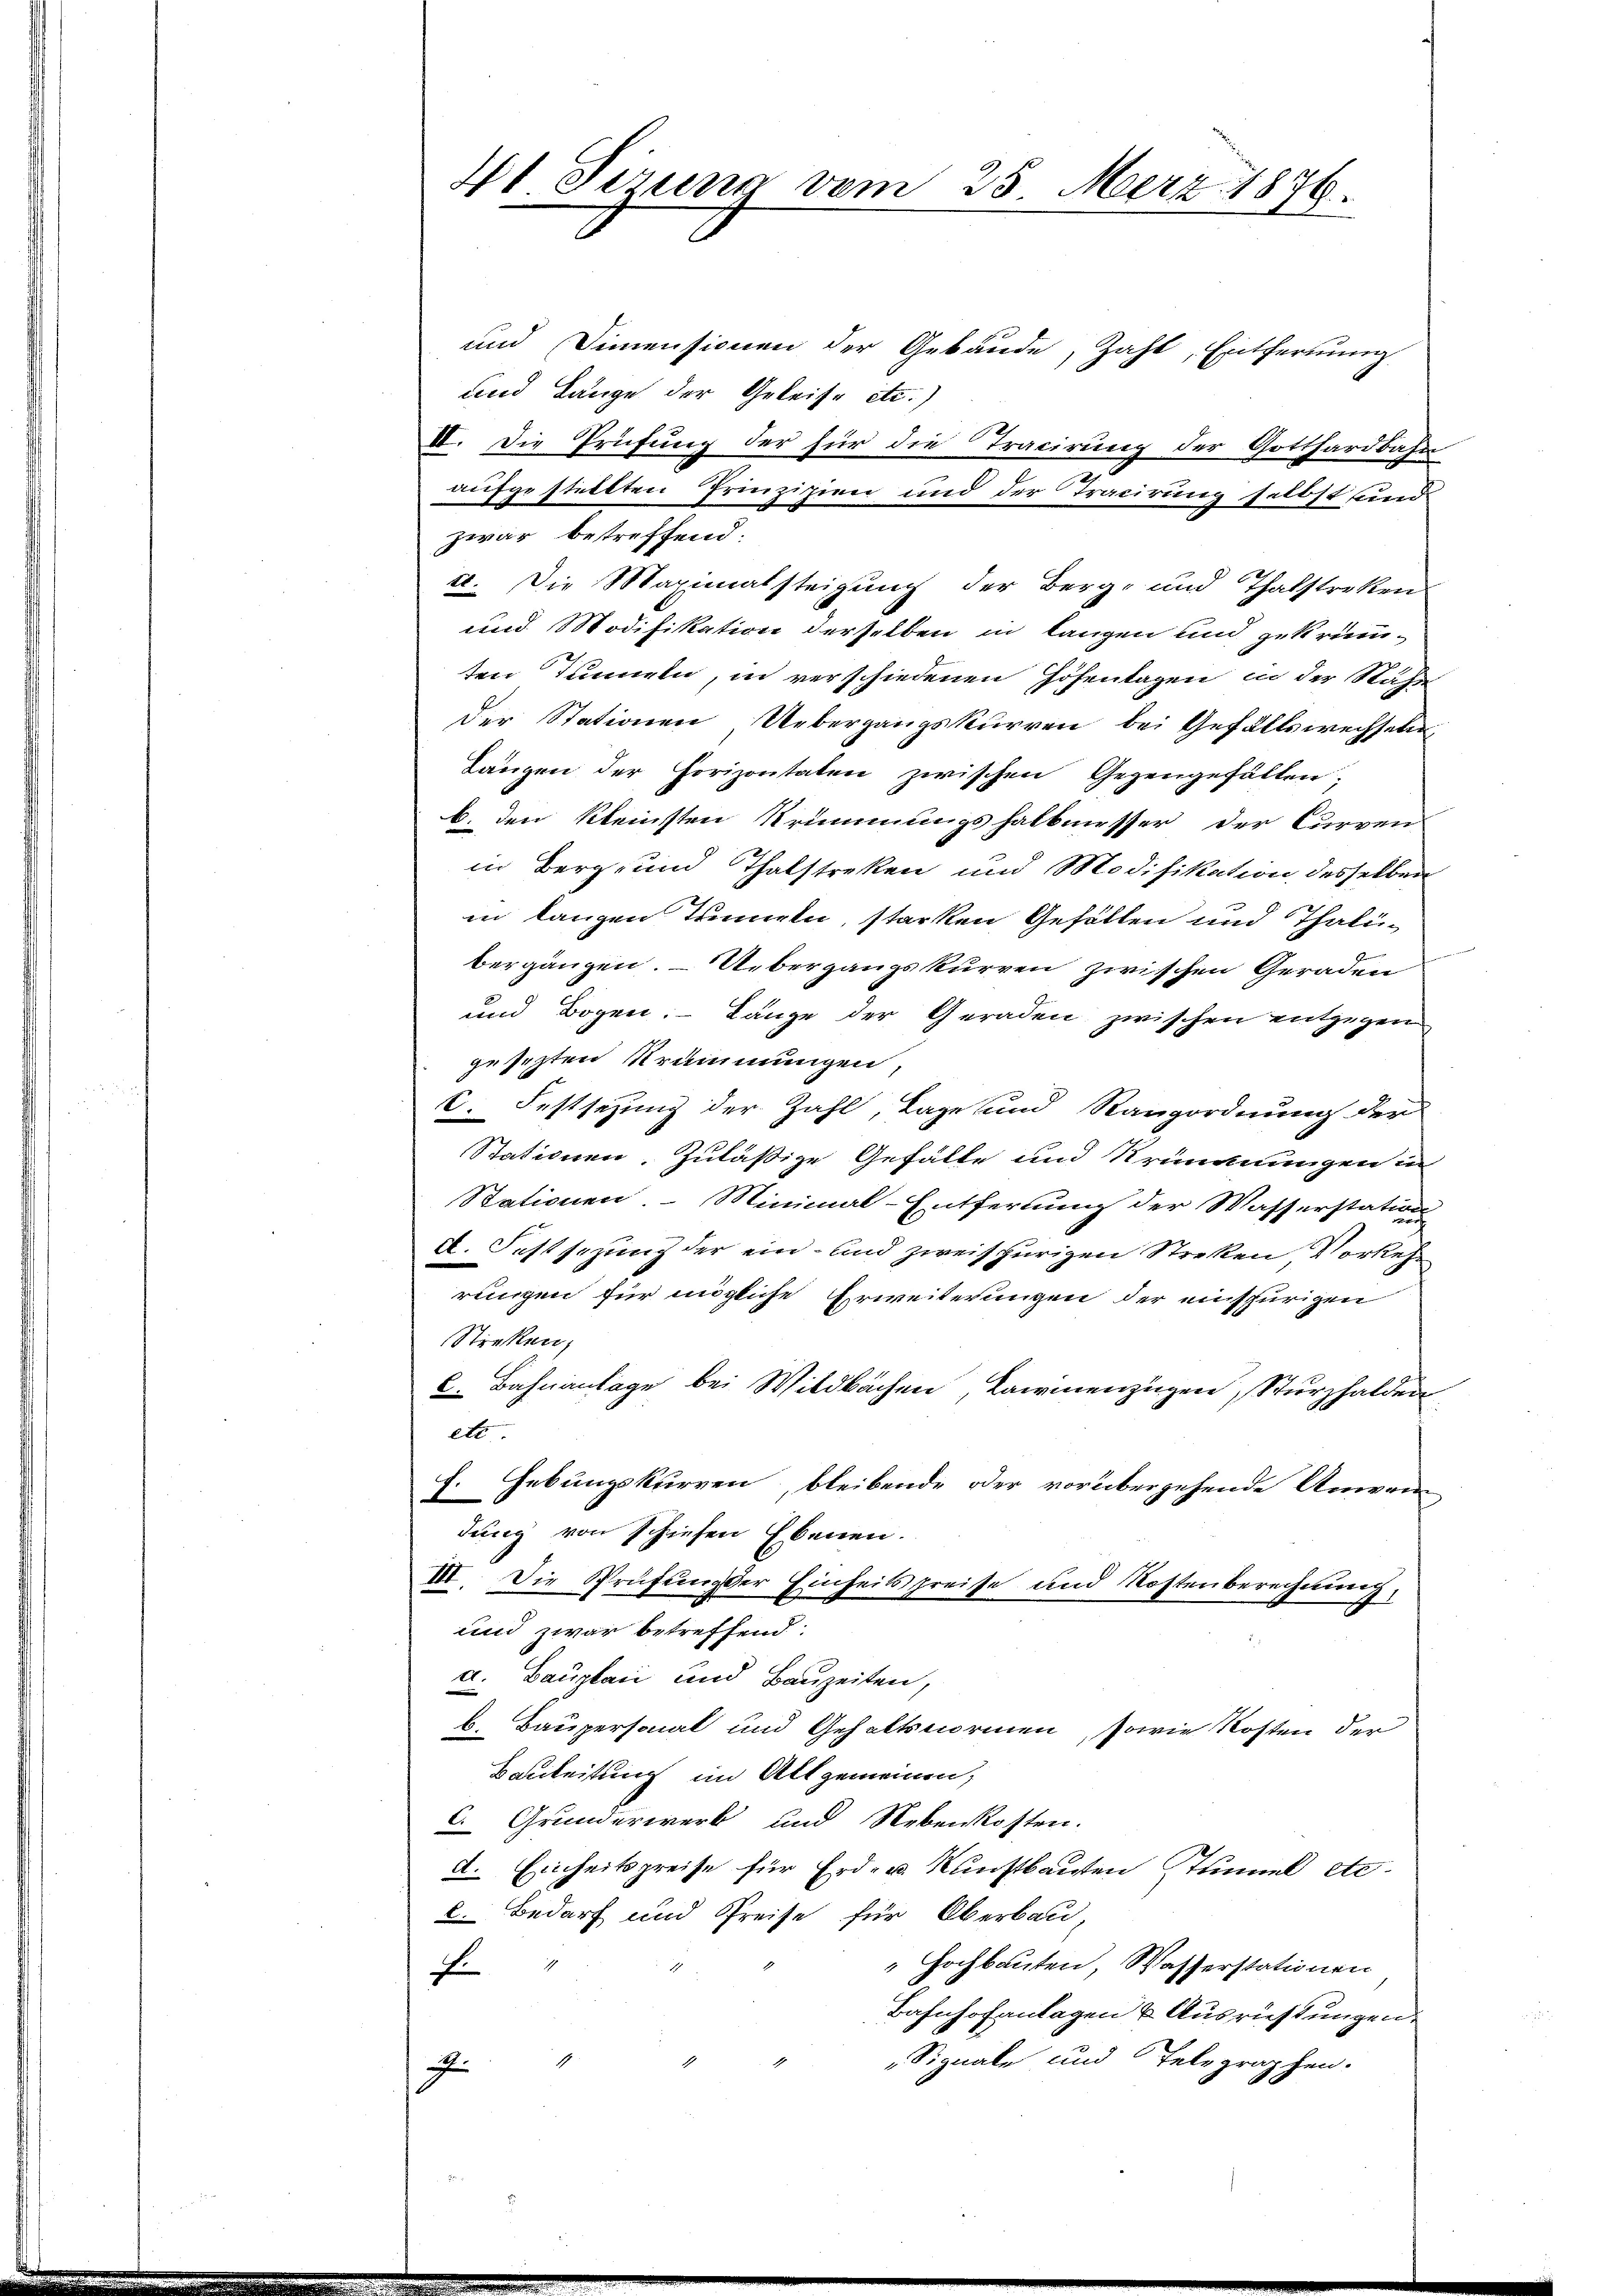
und Dimensionen der Gebäude, Zahl, Entfernung
und Lange der Geleise etc.)
II. Die Prüfung der für die Tracirung der Gotthardbahn
aufgestellten Prinzipien und der Tracirung selbst und
zwar betreffend:
a. Die Maximatsteigung der Berg- und Thalstreken
und Modifikation derselben in langen und gekrüm-
ten Tanneln, in verschiedenen Höhentagen in der Nähe
Der Stationen Uebergangskurren bei Gefallswechseln
Längen der Horizontaten zwischen Gegengefällen;
b. den kleinsten Krümmungshalbmesser der Curren
in Berg- und Thalstreken und Modifikation desselben
in langen Trennern, starken Gefällen und Thalibergängen. - Übergangskurren zwischen Geraden
und Bogen. Länge der Geraden zwischen entgegen
gesezten Strammungen,
V. Festsezung der Zahl, Lage und Rangordnung der
Stationen. Zulässige Gefälle und Krümmungen in
Stationen. Minimal-Entfernung der Wasserstation
a. Festsezung der ein- und zweifhurigen Streken, Vorkehr
rungen für mögliche Erweiterungen der einschürigen
Streken,
C. Bahnanlage bei Wildbachen Lainenzügen, Sturzhalden
etc
f. Gebungskurren, bleibende oder vorübergehende Anwen
dung von schiefen Ebenen.
III. Die Sprüfung der Einheitspreise und Kostenberechnung,
und zwar betreffend.
a. Bauplan und Bauzeiten,
b. Baupersonal und Gehaltsnormen, sowie Kosten der
Bauleitung im Allgemeinen,
C. Grunderwerb und Nebenkosten.
a. Einheitspreise für Erd- u. Kunstbauten Stimmel etc.
2. Bedarf und Preise für Oberbau,
Hochbauten, Wasserstationen
E
Bahnhofanlagen & Ausrüstungen.
Signale und Telegraphen.

z

41 Tizung vom 25. Merz 1876.